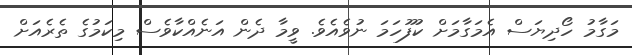
މަގާމު ހޯދިޔަސް އެމަގާމަށް ކުފޫހަމަ ނުވެއެވެ. ވީމާ ދެން އަނެއްކާވެސް މިކަމުގެ ތެރެއަށް